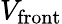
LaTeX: V_{\mathrm{{front}}}